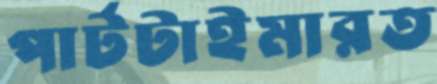
পার্টটাইমারত